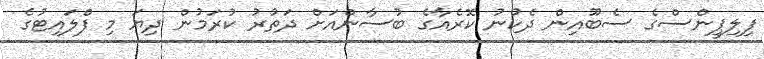
ފިލިޕީންސްގެ ސެބޫއިން ދެކުނު ކޮރެއާގެ ބުސާންއަށް ދަތުރު ކުރަމުން ދިޔަ މި ފްލައިޓުގެ